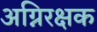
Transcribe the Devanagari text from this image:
अग्निरक्षक